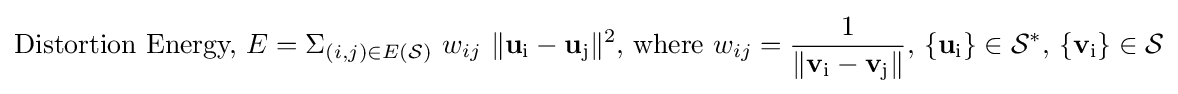
{\text{Distortion Energy,}}~E=\Sigma _{(i,j)\in E({\mathcal {S}})}~w_{ij}~\|{\textbf {u}}_{\text{i}}-{\textbf {u}}_{\text{j}}\|^{2}{\text{, where }}w_{ij}={\frac {1}{\|{\textbf {v}}_{\text{i}}-{\textbf {v}}_{\text{j}}\|}}{\text{, }}\{{\textbf {u}}_{\text{i}}\}\in {\mathcal {S}}^{*}{\text{, }}\{{\textbf {v}}_{\text{i}}\}\in {\mathcal {S}}